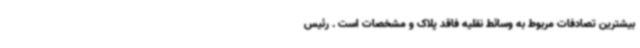
بیشترین تصادفات مربوط به وسائط نقلیه فاقد پلاک و مشخصات است . رئیس